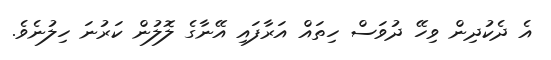
އެ ދެކުދިން ވިހޭ ދުވަސް ހިތައް އަރާފައި އޭނާގެ ލޮލުން ކަރުނަ ހިލުނެވެ.